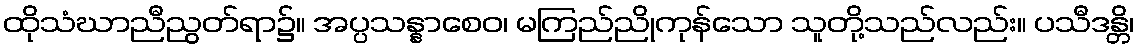
ထိုသံဃာညီညွတ်ရာ၌။ အပ္ပသန္နာစေဝ၊ မကြည်ညိုကုန်သော သူတို့သည်လည်း။ ပသီဒန္တိ၊